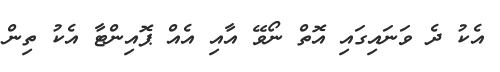
އެކު ދެ ވަނައިގައި އޮތް ނޯވޭ އާއި އެއް ޕޮއިންޓާ އެކު ތިން